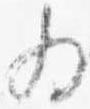
為